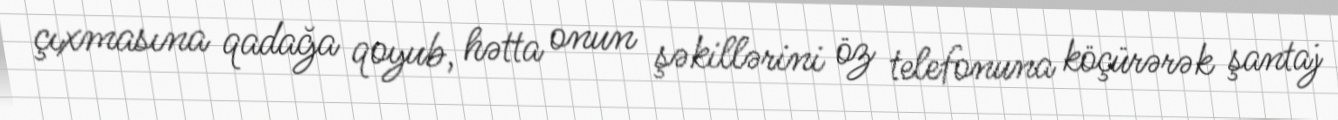
çıxmasına qadağa qoyub, hətta onun şəkillərini öz telefonuna köçürərək şantaj